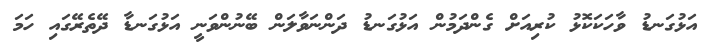
އަޅުގަނޑު ވާހަކަކޮޅު ކުރިއަށް ގެންދަމުން އަޅުގަނޑު ދަންނަވާލަން ބޭނުންވަނީ އަޅުގަނޑާ ދޭތެރޭގައި ހަމަ